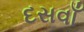
દસવાઁ